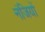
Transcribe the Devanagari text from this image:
नंजियों